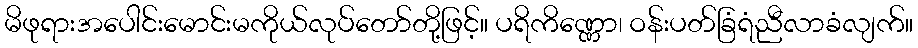
မိဖုရားအပေါင်းမောင်းမကိုယ်လုပ်တော်တို့ဖြင့်။ ပရိကိဏ္ဏော၊ ဝန်းပတ်ခြံရံညီလာခံလျက်။